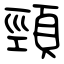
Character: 頸